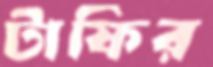
টাফির